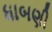
ધાબણી